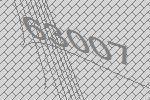
63007